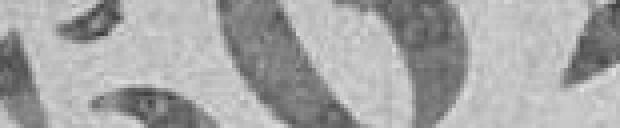
562